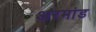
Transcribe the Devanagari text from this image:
अरमांड